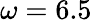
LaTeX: \omega=6.5